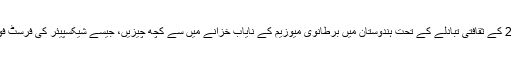
برطانیہ کے وزیر اعظم ڈیوڈ کیمرون کے اعلان کے مطابق، 2017 کے ثقافتی تبادلے کے تحت ہندوستان میں برطانوی میوزیم کے نایاب خزانے میں سے کچھ چیزیں، جیسے شیکسپیئر کی فرسٹ فولیو اور میگنا کارٹا کی ایک کاپی نمائش کے لئے بھیجی جائے گی۔